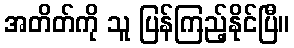
အတိတ်ကို သူ ပြန်ကြည့်နိုင်ပြီ။